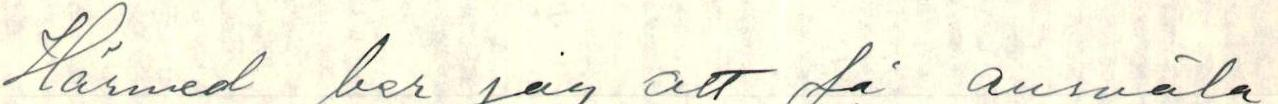
Härmed ber jag att få ansväla